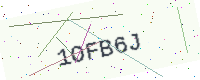
Text: 1OFB6J